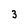
Character: 3